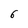
Character: 6